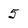
Character: 5